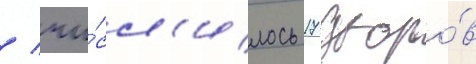
/ чи́сл'илось 17 дворо́в